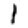
Digit: 1